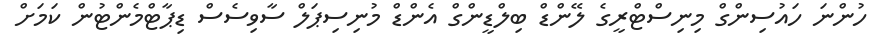
ހުންނަ ހައުސިންގް މިނިސްޓްރީގެ ލޭންޑް ބިލްޑީންގް އެންޑް މުނިސިޕަލް ސާވިސެސް ޑިޕާޓްމެންޓުން ކަމަށް